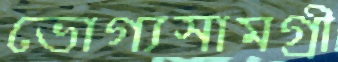
ভোগ্যসামগ্রী